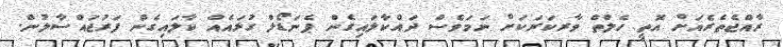
ރާއްޖެތެރެއަށް އޮތީ ހެލްތް ވާރކަރަކަށް ނަމަވެސް ދައްކާލައިގެން ޕެނަޑޯލް ގުޅައެއް ކާލައިގެން ފަރުޖައްސާލުން.